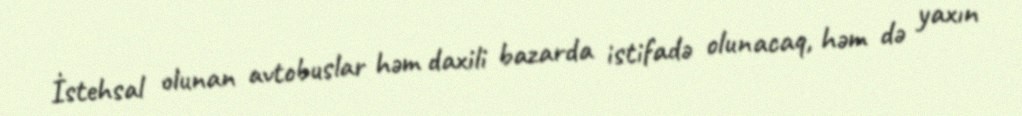
İstehsal olunan avtobuslar həm daxili bazarda istifadə olunacaq, həm də yaxın